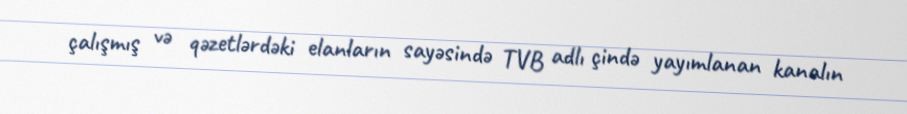
çalışmış və qəzetlərdəki elanların sayəsində TVB adlı çində yayımlanan kanalın